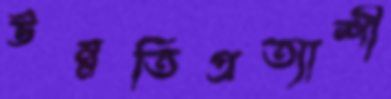
উন্নতিপ্রত্যাশী